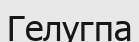
Гелугпа